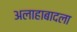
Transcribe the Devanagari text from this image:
अलाहाबादला